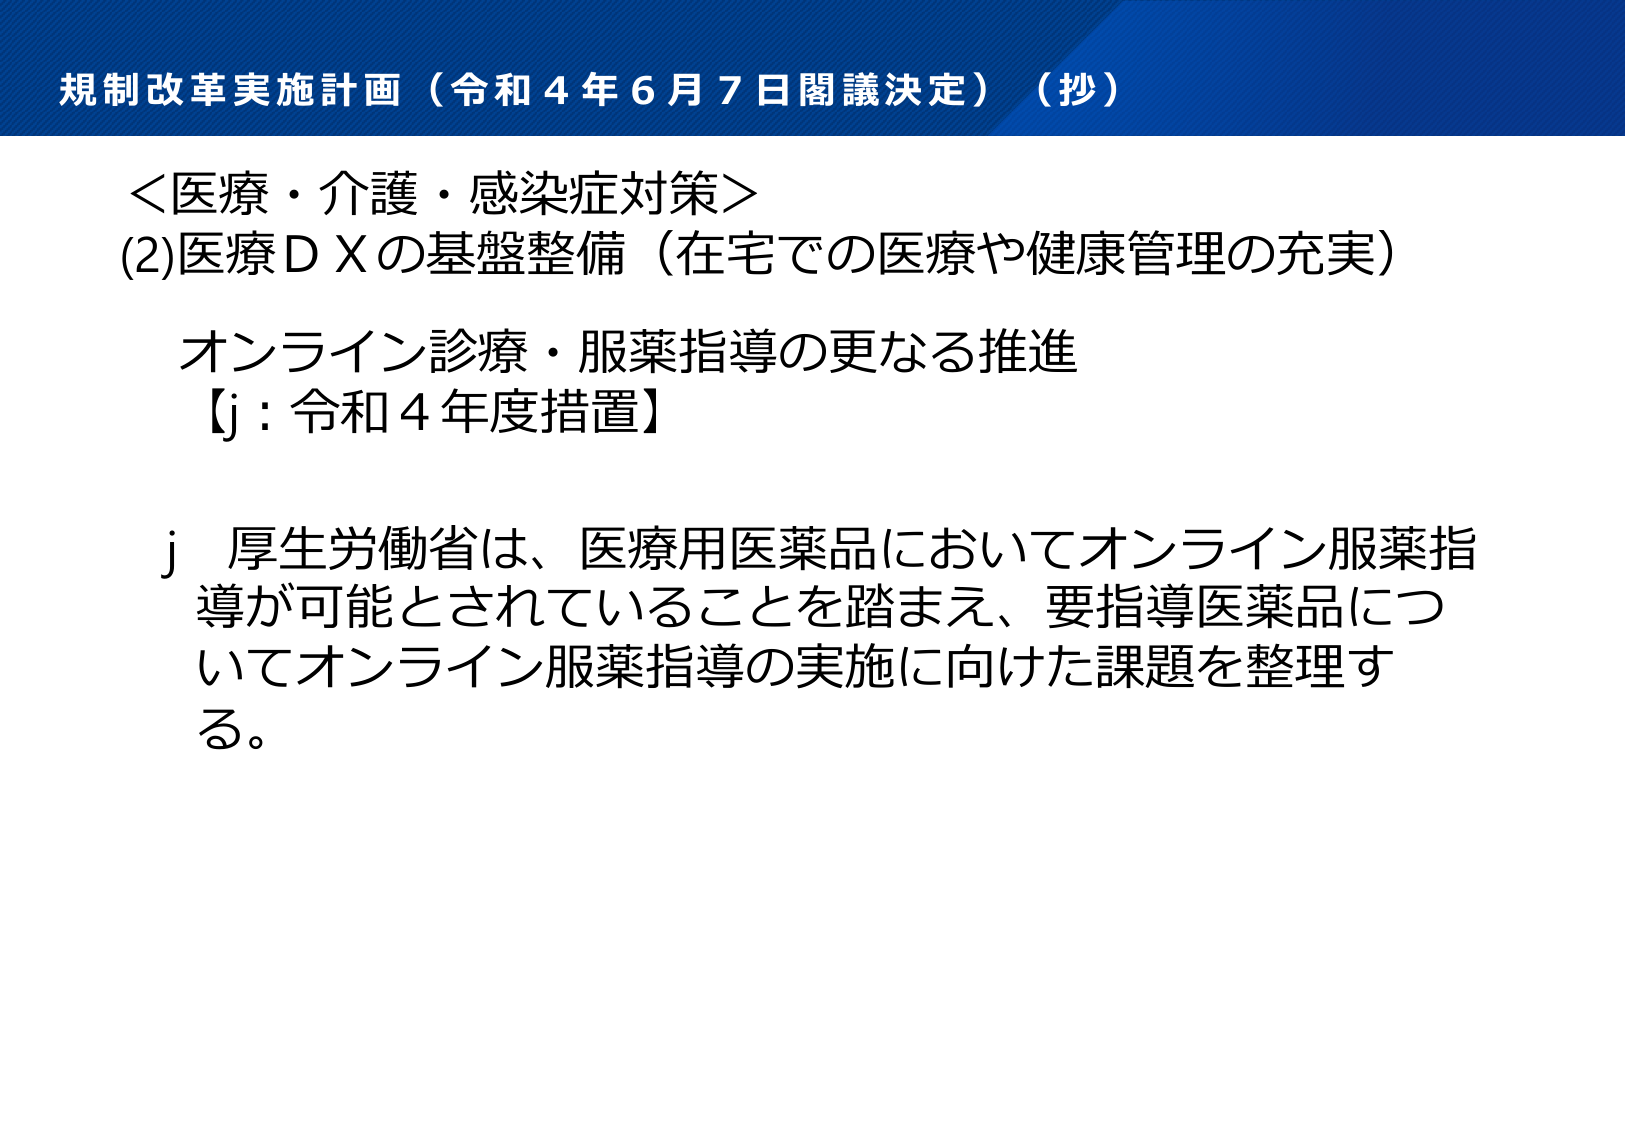
規制改革実施計画（令和４年６月７日閣議決定）（抄）

＜医療・介護・感染症対策＞
(2)医療ＤＸの基盤整備（在宅での医療や健康管理の充実）

オンライン診療・服薬指導の更なる推進
【j：令和４年度措置】

ｊ 厚生労働省は、医療用医薬品においてオンライン服薬指導が可能とされていることを踏まえ、要指導医薬品についてオンライン服薬指導の実施に向けた課題を整理する。